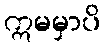
ဣမမှာပိ